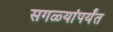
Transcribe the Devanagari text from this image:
सगळ्यांपर्यंत